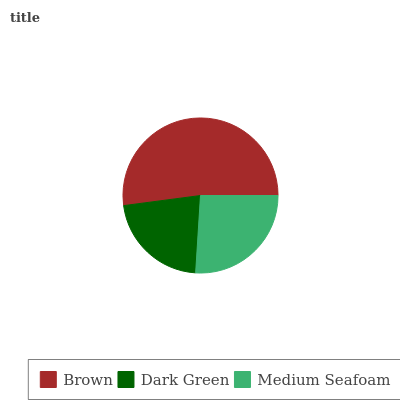
| Brown | Dark Green | Medium Seafoam |
 | --- | --- | --- |
 | 52.1% | 22% | 26% |